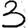
Digit: 3